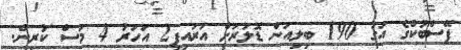
ފޭސްބުކްގެ އަގު 190 ބިލިއަން ޑޮލަރަށް އަރައިފި2 އަހަރު 4 މަސް ކުރިން.